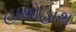
હાથોહાથ